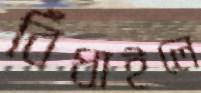
বিঁধাইলে